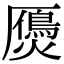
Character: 𤑤